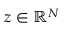
z \in \mathbb { R } ^ { N }